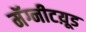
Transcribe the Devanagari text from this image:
मॅग्नीटय़ूड